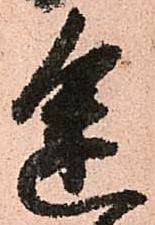
途